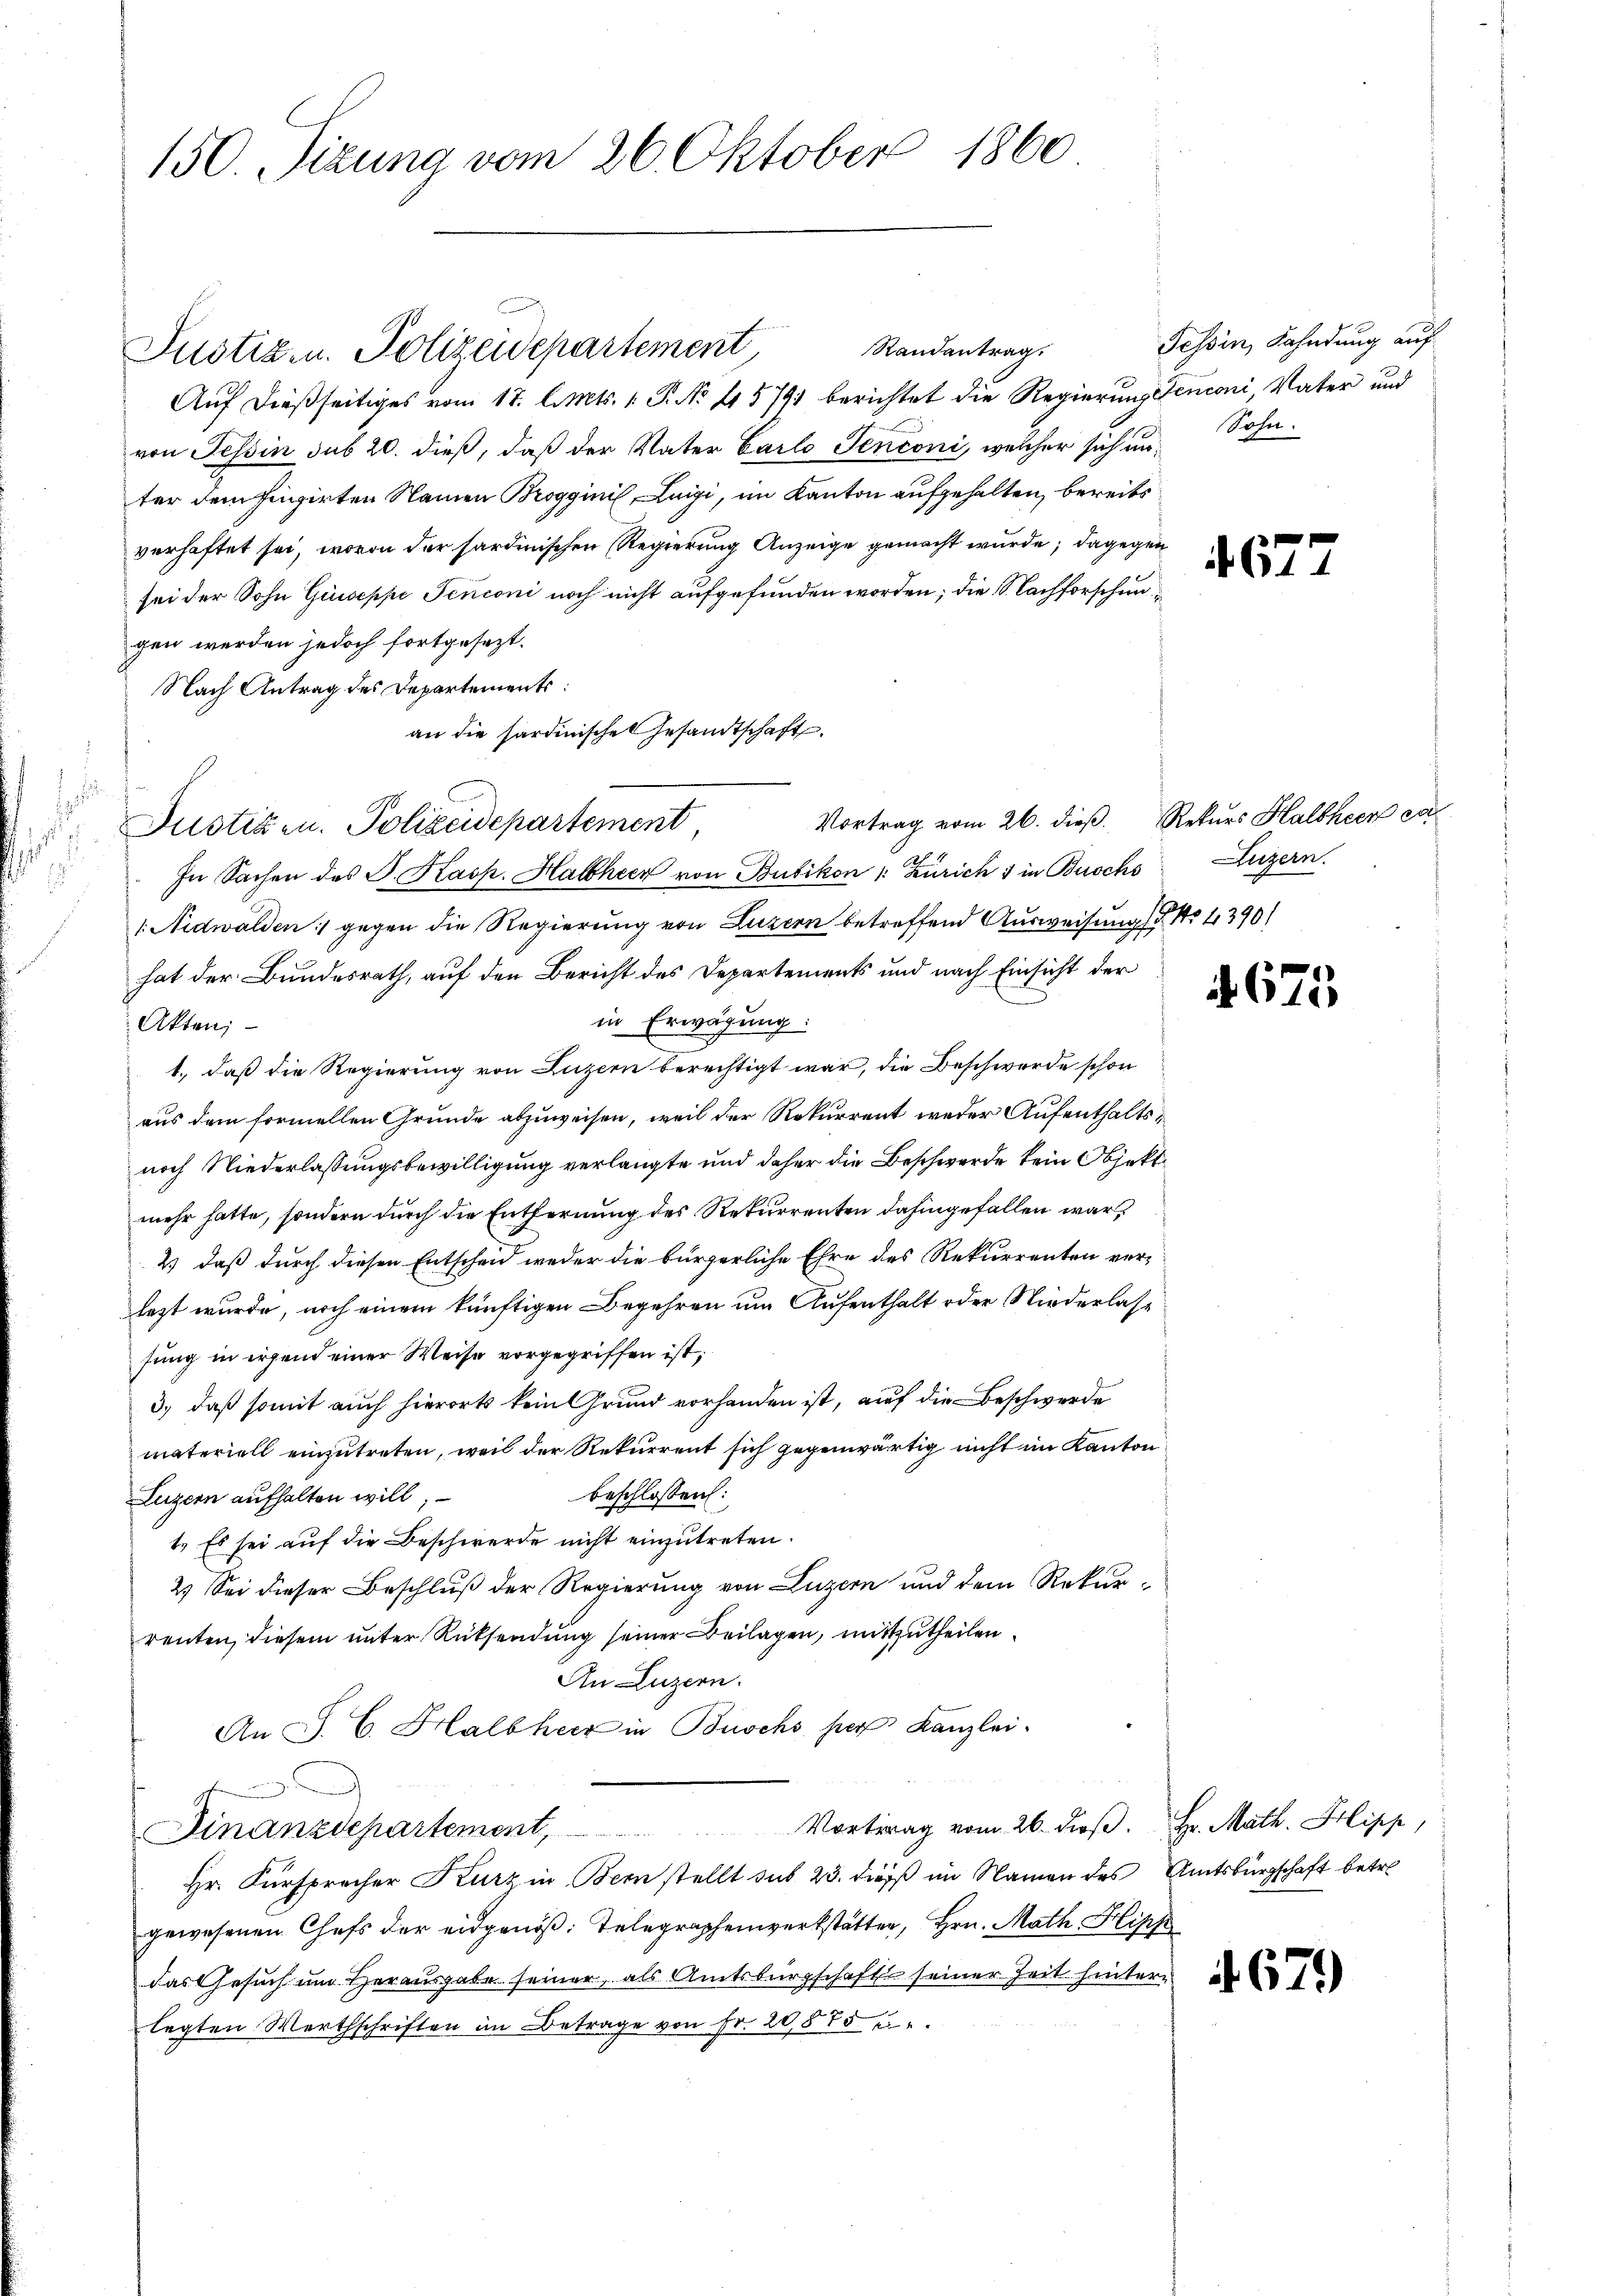
s

u

150. Sizung vom 26. Oktober 1860

Randantrag.
Justiz- u. Polizeidepartement
Auf dießseitiges vom 17. l. Mts. 1. P. Nr. 415791 berichtet die Regierung stenconi, Vater und
von Tessin sub 20. dieß, daß der Vater Carlo Tenconi, welcher sich um Sohn
ter dem hinzirten Namen Brogginil, Luigi, im Kanton aufgehalten, bereits
verhaftet sei, wovon der sardinischen Regierung Anzeige gemacht wurde; dagegen
sei der Sohn Giuseppe Tenconi noch nicht aufgefunden worden; die S. Nachforschengen werden jedoch fortgesezt.
Nach Antrag des Departement:
an die sardinische Gesandtschaft.
Justizen. Polizeidepartement,
In Sachen des J. Kasp. Halbheer von Bubikon ": Zürich 1 in Buochs Luzern.
1. Nidwalden gegen die Regierung von Luzern betreffend Ausweisung No 4390)
hat der Bundesrath, auf den Bericht des Departements und nach Einsicht der
in Erwägung:
Akten;
1., daß die Regierung von Luzern berechtigt war, die Beschwerde schon
aus dem formellen Grunde abzuweisen, weil der Rekurrent weder Aufenthaltsnoch Niederlassungsbewilligung verlangte und daher die Beschwerde kein Objekt
mehr hatte, sondern durch die Entfernung des Rekurrenten dahingefallen war,
2) daß durch diesen Entschend weder die bürgerliche Ehre des Rekurrenten verlezt wurde, noch einem künftigen Begehren um Aufenthalt oder Niederlasse
sung in irgend einer Weise vorgegriffen ist;
3.) daß somit auch hierorts kein Grund vorhanden ist, auf die Beschwerde
materiell einzutreten, weil der Rekurrent sich gegenwärtig nicht im Kanton
beschlossen:
Luzern aufhalten will,
t. Es sei auf die Beschwerde nicht einzutreten.
2.) Sei dieser Beschluß der Regierung von Luzern und dem Rekurrenten, diesem unter Rücksendung seiner Beilagen, mitzutheilen.
An Luzern.
An P. C. Halbherr in Buschs par Kanzlei.
Finanzdepartement, Vortrag vom 26. dβ. Hr. Math. Filipp,
Hr. Fürsprecher Kurz in Bern stellt sub 23. dieß im Namen des Amtsbürgschaft betre
gewesenen Chefs der eidgenöß: Telegraphenwerkstätter, Hrn. Math Hipp
das Gesuch um Herausgabe seiner, als Amtsbürgschaft seiner Zeit hintere
legten Werthschriften im Betrage von Fr. 20,575 u

Vortrag vom 26. dieβ. Rekurs Halbheer ca

Tessin, Fahndung auf

6.

675

679